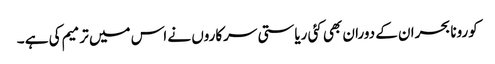
کورونا بحران کے دوران بھی کئی ریاستی سرکاروں نے اس میں ترمیم کی ہے ۔